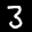
Label: 3